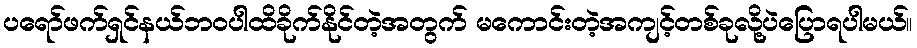
ပရော်ဖက်ရှင်နယ်ဘဝပါထိခိုက်နိုင်တဲ့အတွက် မကောင်းတဲ့အကျင့်တစ်ခုလို့ပဲပြောရပါမယ်။